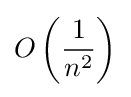
O\left({\frac {1}{n^{2}}}\right)